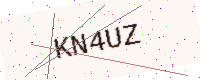
Text: KN4UZ